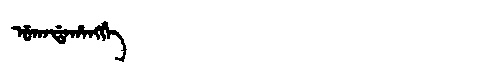
Manchu: ᡠᡴᠠᡩᠠᡥᠠᠩᡤᡝ
Romanization: UKADAHANGGE